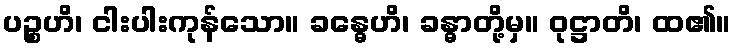
ပဉ္စဟိ၊ ငါးပါးကုန်သော။ ခန္ဓေဟိ၊ ခန္ဓာတို့မှ။ ဝုဋ္ဌာတိ၊ ထ၏။